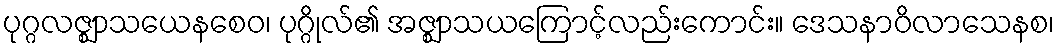
ပုဂ္ဂလဇ္ဈာသယေနစေဝ၊ ပုဂ္ဂိုလ်၏ အဇ္ဈာသယကြောင့်လည်းကောင်း။ ဒေသနာဝိလာသေနစ၊